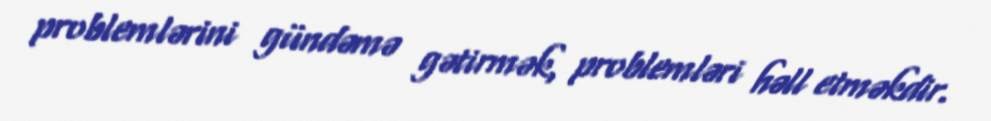
problemlərini gündəmə gətirmək, problemləri həll etməkdir.